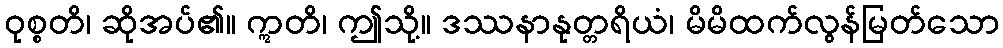
ဝုစ္စတိ၊ ဆိုအပ်၏။ ဣတိ၊ ဤသို့။ ဒဿနာနုတ္တရိယံ၊ မိမိထက်လွန်မြတ်သော